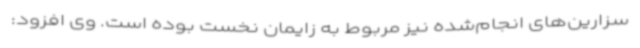
سزارین‌های انجام‌شده نیز مربوط به زایمان نخست بوده است. وی افزود: